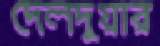
দেলদুয়ার